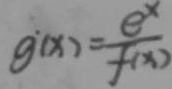
g ^ { . } ( x ) = \frac { e ^ { x } } { f ( x ) }